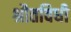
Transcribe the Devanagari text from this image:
श्रौतविधी